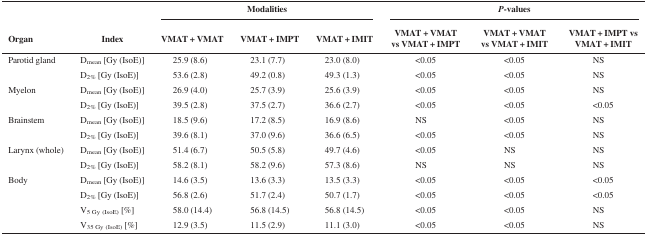
<table><thead><tr><td></td><td></td><td colspan="3"><b>Modalities</b></td><td colspan="3"><b><i>P</i>-values</b></td></tr><tr><td><b>Organ</b></td><td><b>Index</b></td><td><b>VMAT + VMAT</b></td><td><b>VMAT + IMPT</b></td><td><b>VMAT + IMIT</b></td><td><b>VMAT + VMAT vs VMAT + IMPT</b></td><td><b>VMAT + VMAT vs VMAT + IMIT</b></td><td><b>VMAT + IMPT vs VMAT + IMIT</b></td></tr></thead><tbody><tr><td>Parotid gland</td><td>D<sub>mean</sub> [Gy (IsoE)]</td><td>25.9 (8.6)</td><td>23.1 (7.7)</td><td>23.0 (8.0)</td><td>&lt;0.05</td><td>&lt;0.05</td><td>NS</td></tr><tr><td></td><td>D<sub>2%</sub> [Gy (IsoE)]</td><td>53.6 (2.8)</td><td>49.2 (0.8)</td><td>49.3 (1.3)</td><td>&lt;0.05</td><td>&lt;0.05</td><td>NS</td></tr><tr><td>Myelon</td><td>D<sub>mean</sub> [Gy (IsoE)]</td><td>26.9 (4.0)</td><td>25.7 (3.9)</td><td>25.6 (3.9)</td><td>&lt;0.05</td><td>&lt;0.05</td><td>NS</td></tr><tr><td></td><td>D<sub>2%</sub> [Gy (IsoE)]</td><td>39.5 (2.8)</td><td>37.5 (2.7)</td><td>36.6 (2.7)</td><td>&lt;0.05</td><td>&lt;0.05</td><td>&lt;0.05</td></tr><tr><td>Brainstem</td><td>D<sub>mean</sub> [Gy (IsoE)]</td><td>18.5 (9.6)</td><td>17.2 (8.5)</td><td>16.9 (8.6)</td><td>NS</td><td>&lt;0.05</td><td>NS</td></tr><tr><td></td><td>D<sub>2%</sub> [Gy (IsoE)]</td><td>39.6 (8.1)</td><td>37.0 (9.6)</td><td>36.6 (6.5)</td><td>&lt;0.05</td><td>&lt;0.05</td><td>NS</td></tr><tr><td>Larynx (whole)</td><td>D<sub>mean</sub> [Gy (IsoE)]</td><td>51.4 (6.7)</td><td>50.5 (5.8)</td><td>49.7 (4.6)</td><td>&lt;0.05</td><td>NS</td><td>NS</td></tr><tr><td></td><td>D<sub>2%</sub> [Gy (IsoE)]</td><td>58.2 (8.1)</td><td>58.2 (9.6)</td><td>57.3 (8.6)</td><td>NS</td><td>NS</td><td>NS</td></tr><tr><td>Body</td><td>D<sub>mean</sub> [Gy (IsoE)]</td><td>14.6 (3.5)</td><td>13.6 (3.3)</td><td>13.5 (3.3)</td><td>&lt;0.05</td><td>&lt;0.05</td><td>&lt;0.05</td></tr><tr><td></td><td>D<sub>2%</sub> [Gy (IsoE)]</td><td>56.8 (2.6)</td><td>51.7 (2.4)</td><td>50.7 (1.7)</td><td>&lt;0.05</td><td>&lt;0.05</td><td>&lt;0.05</td></tr><tr><td></td><td>V<sub>5 Gy (IsoE)</sub> [%]</td><td>58.0 (14.4)</td><td>56.8 (14.5)</td><td>56.8 (14.5)</td><td>&lt;0.05</td><td>&lt;0.05</td><td>NS</td></tr><tr><td></td><td>V<sub>35 Gy (IsoE)</sub> [%]</td><td>12.9 (3.5)</td><td>11.5 (2.9)</td><td>11.1 (3.0)</td><td>&lt;0.05</td><td>&lt;0.05</td><td>NS</td></tr></tbody></table>